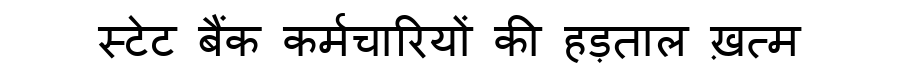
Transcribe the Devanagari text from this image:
स्टेट बैंक कर्मचारियों की हड़ताल ख़त्म